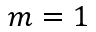
m = 1